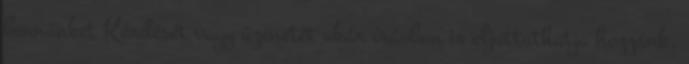
bennünket Kérdését vagy üzenetét akár írásban is eljuttathatja hozzánk.